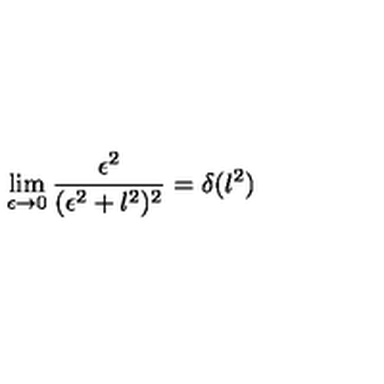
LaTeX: \lim _ { \epsilon \to 0 } \frac { \epsilon ^ { 2 } } { ( \epsilon ^ { 2 } + l ^ { 2 } ) ^ { 2 } } = \delta ( l ^ { 2 } )